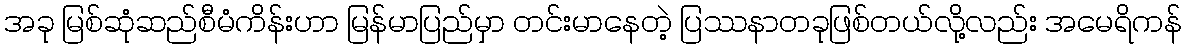
အခု မြစ်ဆုံဆည်စီမံကိန်းဟာ မြန်မာပြည်မှာ တင်းမာနေတဲ့ ပြဿနာတခုဖြစ်တယ်လို့လည်း အမေရိကန်